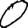
Digit: 0